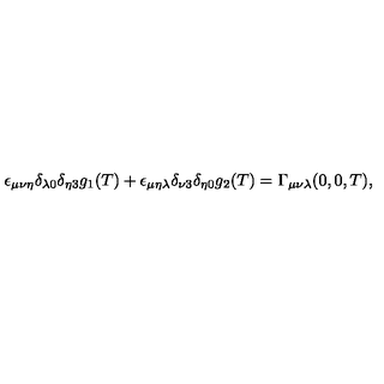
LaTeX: \epsilon _ { \mu \nu \eta } \delta _ { \lambda 0 } \delta _ { \eta 3 } g _ { 1 } ( T ) + \epsilon _ { \mu \eta \lambda } \delta _ { \nu 3 } \delta _ { \eta 0 } g _ { 2 } ( T ) = \Gamma _ { \mu \nu \lambda } ( 0 , 0 , T ) ,